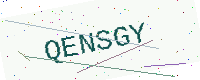
Text: QENSGY